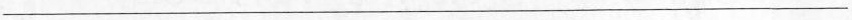
___